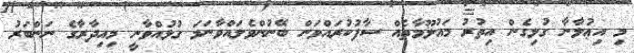
މި އިޢުލާނާ ގުޅިގެން އިތުރު މައުލޫމާތެއް ސާފުކުރައްވަން ބޭނުންވެލައްވާނަމަ ގުޅުއްވާނީ މިއިދާރާގެ ނަންބަރު